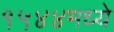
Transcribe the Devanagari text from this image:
१५४४मध्ये